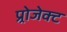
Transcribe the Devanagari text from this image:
प्र्रोजेक्ट